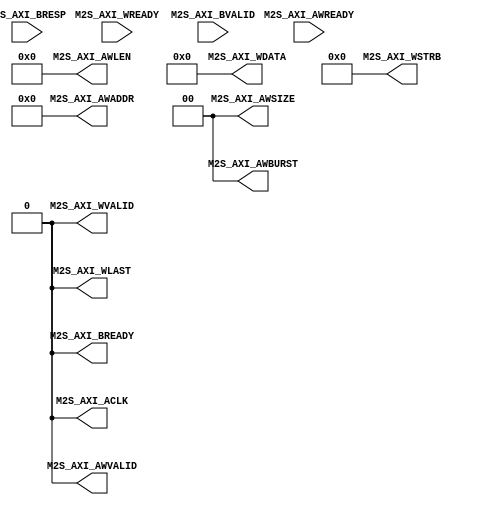
module axi_master_write_stub(
    output M2S_AXI_ACLK,


    // Write Transaction
    output M2S_AXI_AWVALID,
    input M2S_AXI_AWREADY,
    output [31:0] M2S_AXI_AWADDR,
    output [1:0] M2S_AXI_AWBURST,
    output [3:0] M2S_AXI_AWLEN,
    output [1:0] M2S_AXI_AWSIZE,
    //
    output M2S_AXI_WVALID,
    input M2S_AXI_WREADY,
    output M2S_AXI_WLAST,
    output [63:0] M2S_AXI_WDATA,
    output [7:0] M2S_AXI_WSTRB,
    //
    input M2S_AXI_BVALID,
    output M2S_AXI_BREADY,
    input [1:0] M2S_AXI_BRESP

);
    assign M2S_AXI_ACLK = 1'b0;

    // Write Transaction
    assign M2S_AXI_AWVALID = 1'b0;
    assign M2S_AXI_AWADDR = 33'b0;
    assign M2S_AXI_AWBURST = 2'b0;
    assign M2S_AXI_AWLEN = 4'b0;
    assign M2S_AXI_AWSIZE = 2'b0;
    assign M2S_AXI_WVALID = 1'b0;
    assign M2S_AXI_WLAST = 1'b0;
    assign M2S_AXI_WDATA = 64'b0;
    assign M2S_AXI_WSTRB = 8'b0;
    assign M2S_AXI_BREADY = 1'b0;


endmodule